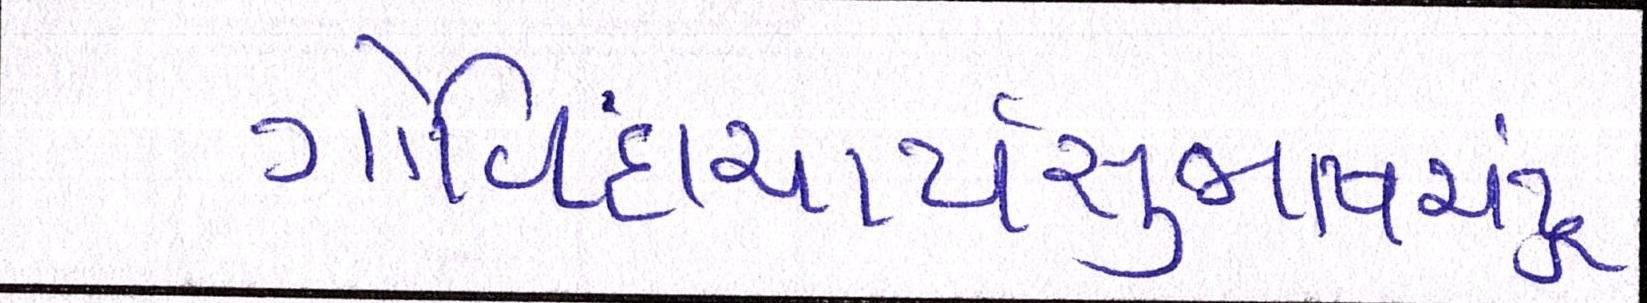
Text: ગોવિંદાચાર્યસુભાષચંદ્ર